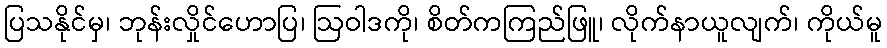
ပြသနိုင်မှ၊ ဘုန်းလှိုင်ဟောပြ၊ ဩဝါဒကို၊ စိတ်ကကြည်ဖြူ၊ လိုက်နာယူလျက်၊ ကိုယ်မူ